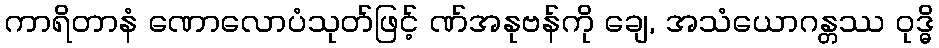
ကာရိတာနံ ဏောလောပံသုတ်ဖြင့် ဏ်အနုဗန်ကို ချေ, အသံယောဂန္တဿ ဝုဒ္ဓိ